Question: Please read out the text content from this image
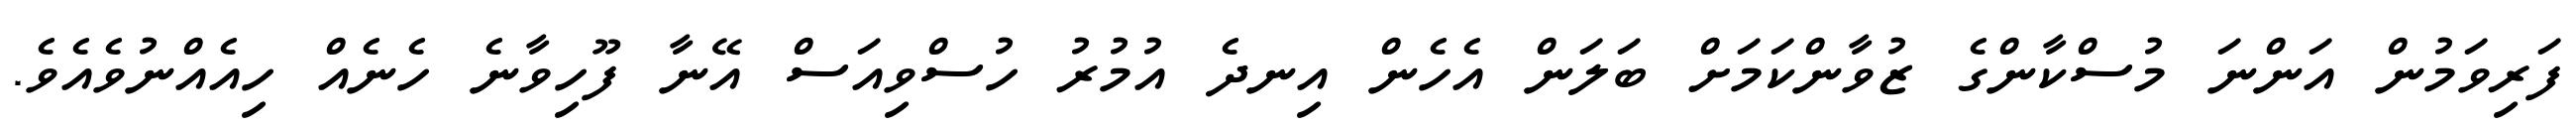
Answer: ފަރިވަމުން އަންނަ މުސްކާންގެ ޒުވާންކަމަށް ބަލަން އެހެން އިނދެ އުމުރު ހުސްވިއަސް އޭނާ ފޫހިވާނެ ހެނެއް ހިއެއްނުވެއެވެ.